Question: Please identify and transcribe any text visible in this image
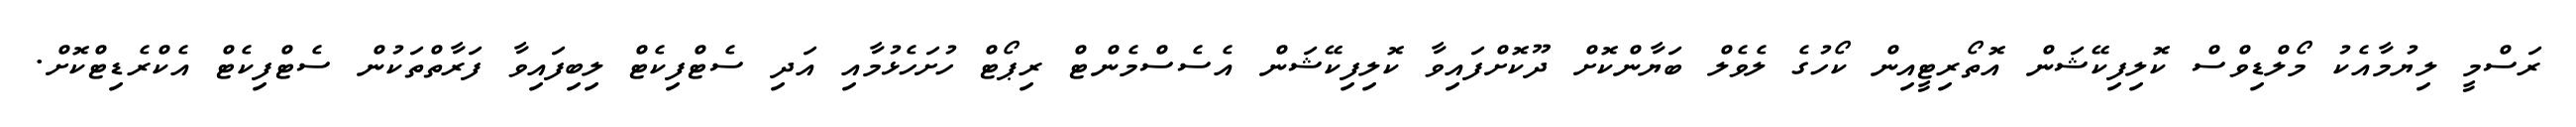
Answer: ރަސްމީ ލިޔުމާއެކު މޯލްޑިވްސް ކޮލިފިކޭޝަން އޮތޯރިޓީއިން ކޯހުގެ ލެވެލް ބަޔާންކޮށް ދޫކޮށްފައިވާ ކޮލިފިކޭޝަން އެސެސްމެންޓް ރިޕޯޓް ހުށަހެޅުމާއި އަދި ސެޓްފިކެޓް ލިބިފައިވާ ފަރާތްތަކުން ސެޓްފިކެޓް އެކްރެޑިޓްކޮށް.